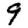
Digit: 9